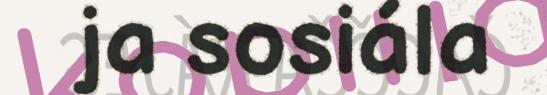
ja sosiála